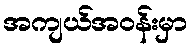
အကျယ်အဝန်းမှာ